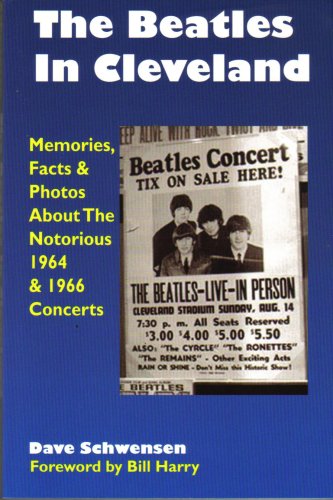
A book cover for The Beatles In Cleveland: Memories, Facts & Photos About The Notorious 1964 & 1966 Concerts; Dave Schwensen; Travel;